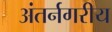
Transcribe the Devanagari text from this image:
अंतर्नगरीय